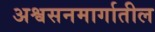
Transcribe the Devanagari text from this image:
अश्वसनमार्गातील